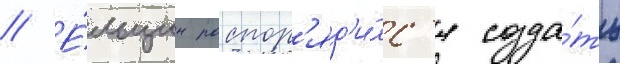
// Е́льцин распор'яд'и́лс'я созда́ть